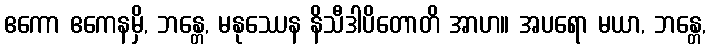
ဧကော ဧကေနမှိ, ဘန္တေ, မနုဿေန နိသီဒါပိတောတိ အာဟ။ အပရော မယာ, ဘန္တေ,